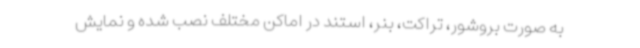
به صورت بروشور، تراکت، بنر، استند در اماکن مختلف نصب شده و نمایش